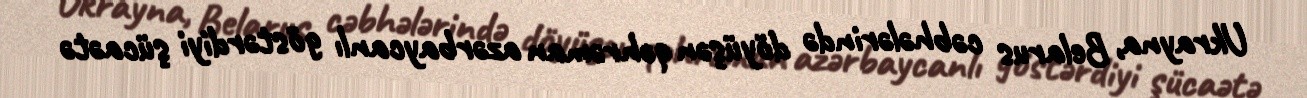
Ukrayna, Belarus cəbhələrində döyüşən qəhrəman azərbaycanlı göstərdiyi şücaətə